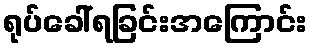
ရုပ်ခေါ်ရခြင်းအကြောင်း